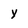
Character: Y